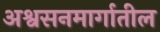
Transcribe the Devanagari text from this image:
अश्वसनमार्गातील